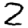
Digit: 2